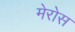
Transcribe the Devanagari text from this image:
मेरोस